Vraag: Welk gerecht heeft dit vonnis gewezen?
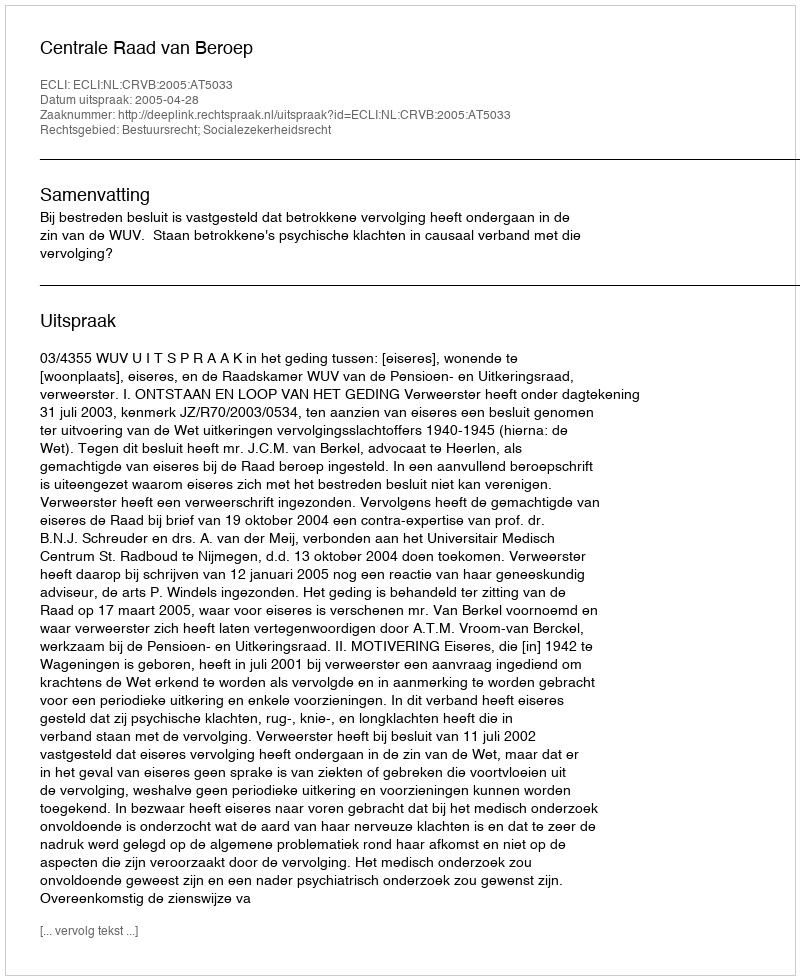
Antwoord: Centrale Raad van Beroep